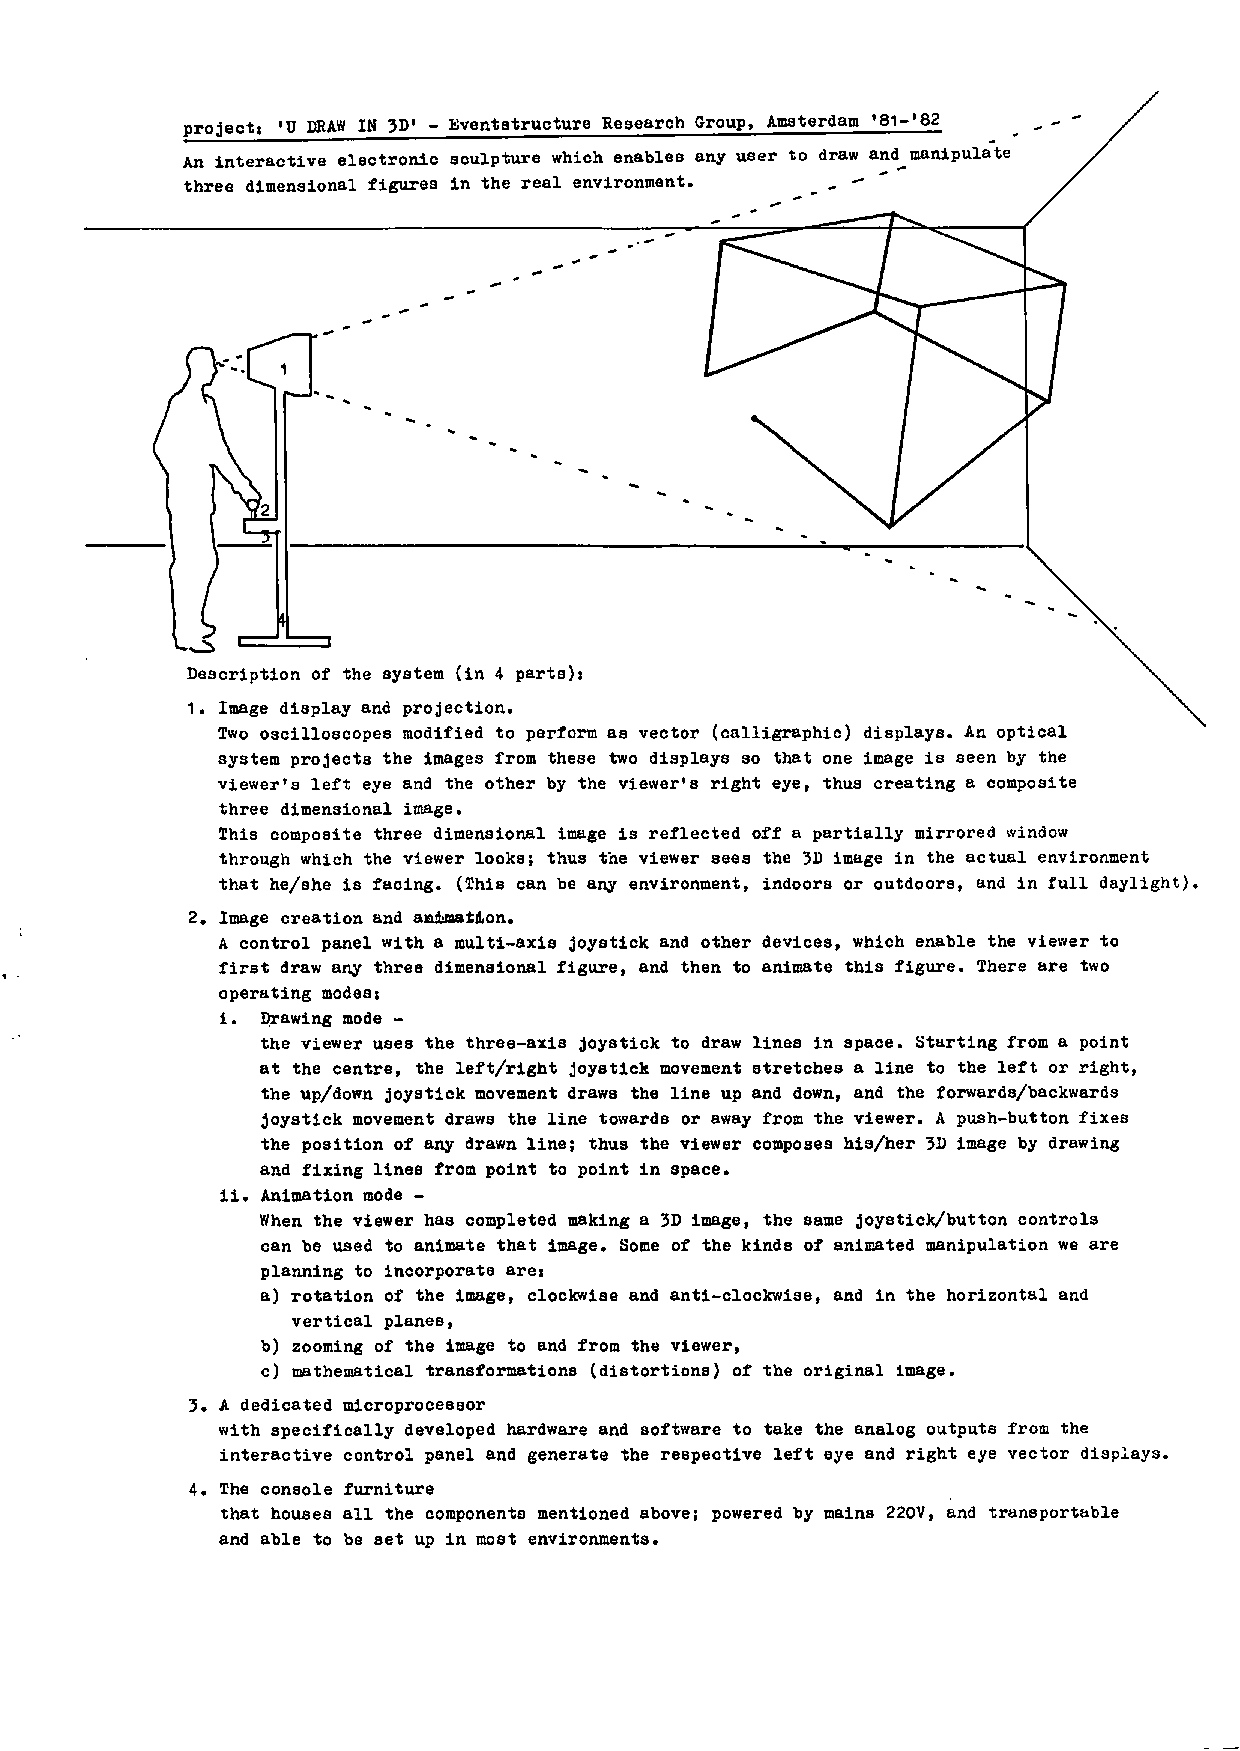
project: 'U DRAW IN 3D' - Eventstructure Research Group, Amaterdam '81-'82
 An interactive electronic sculpture which enables any user to draw and^manipulate
 three dimensional figures in the real environment. , '
 Description of the system (in 4 parts):
 1.         Image        display       and         projection.      \
 Two oscilloscopes modified to perform as vector (calligraphic) displays. An optical
 system projects the images from these two displays so that one image is seen by the
 viewer's left eye and the other by the viewer's right eye, thus creating a composite
 three dimensional image.
 This composite three dimensional image is reflected off a partially mirrored window
 through which the viewer looks; thus the viewer sees the 3D image in the actual environment
 that he/she is facing. (This can be any environment, indoors or outdoors, and in full daylight)
 2. Image creation and aniLmatiLon.
 A control panel with a multi-axis joystick and other devices, which enable the viewer to
 first draw any three dimensional figure, and then to animate this figure. There are two
 operating modes:
 i. Drawing mode -
 the viewer uses the three-axis joystick to draw lines in space. Starting from a point
 at the centre, the left/right joystick movement stretches a line to the left or right,
 the up/down joystick movement draws the line up and down, and the forwards/backwards
 joystick movement draws the line towards or away from the viewer. A push-button fixes
 the position of any drawn line; thus the viewer composes his/her 3D image by drawing
 and fixing lines from point to point in space.
 ii. Animation mode -
 When the viewer has completed making a 3D image, the same joystick/button controls
 can be used to animate that image. Some of the kinds of animated manipulation we are
 planning to incorporate are:
 a) rotation of the image, clockwise and anti-clockwise, and in the horizontal and
 vertical planes,
 b) zooming of the image to and from the viewer,
 c) mathematical transformations (distortions) of the original image.
 3. A dedicated microprocessor
 with specifically developed hardware and software to take the analog outputs from the
 interactive control panel and generate the respective left eye and right eye vector displays.
 4. The console furniture
 that houses all the components mentioned above; powered by mains 220V, and transportable
 and able to be set up in most environments.